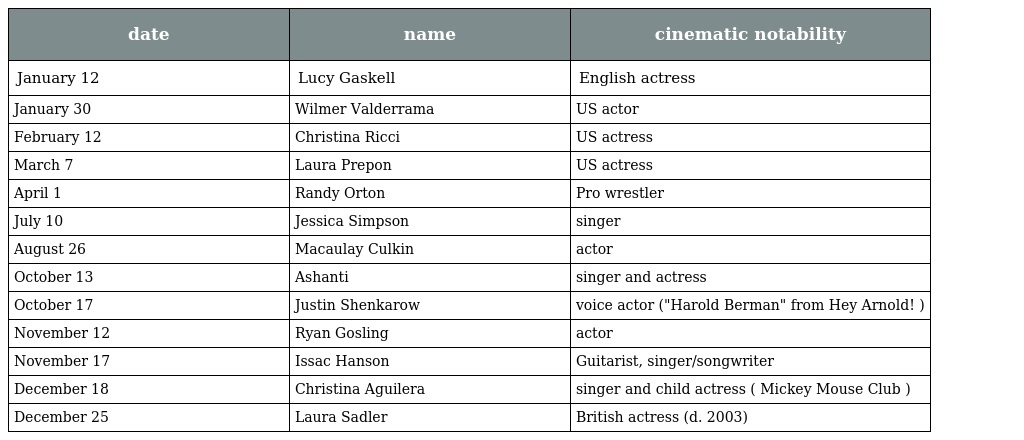
| date | name | cinematic notability |
 | --- | --- | --- |
 | January 12 | Lucy Gaskell | English actress |
 | January 30 | Wilmer Valderrama | US actor |
 | February 12 | Christina Ricci | US actress |
 | March 7 | Laura Prepon | US actress |
 | April 1 | Randy Orton | Pro wrestler |
 | July 10 | Jessica Simpson | singer |
 | August 26 | Macaulay Culkin | actor |
 | October 13 | Ashanti | singer and actress |
 | October 17 | Justin Shenkarow | voice actor ("Harold Berman" from Hey Arnold! ) |
 | November 12 | Ryan Gosling | actor |
 | November 17 | Issac Hanson | Guitarist, singer/songwriter |
 | December 18 | Christina Aguilera | singer and child actress ( Mickey Mouse Club ) |
 | December 25 | Laura Sadler | British actress (d. 2003) |